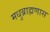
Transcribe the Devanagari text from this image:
मधुब्राह्मणास